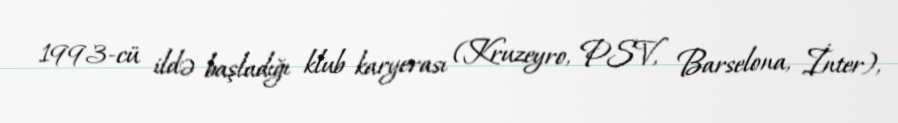
1993-cü ildə başladığı klub karyerası (Kruzeyro, PSV, Barselona, İnter),